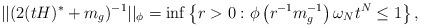
\begin{align*}||(2(tH)^{*}+m_{g})^{-1}||_{\phi }=\inf \left\{ r>0:\phi \left(r^{-1}m_{g}^{-1}\right) \omega _{N}t^{N}\leq 1\right\} , \end{align*}